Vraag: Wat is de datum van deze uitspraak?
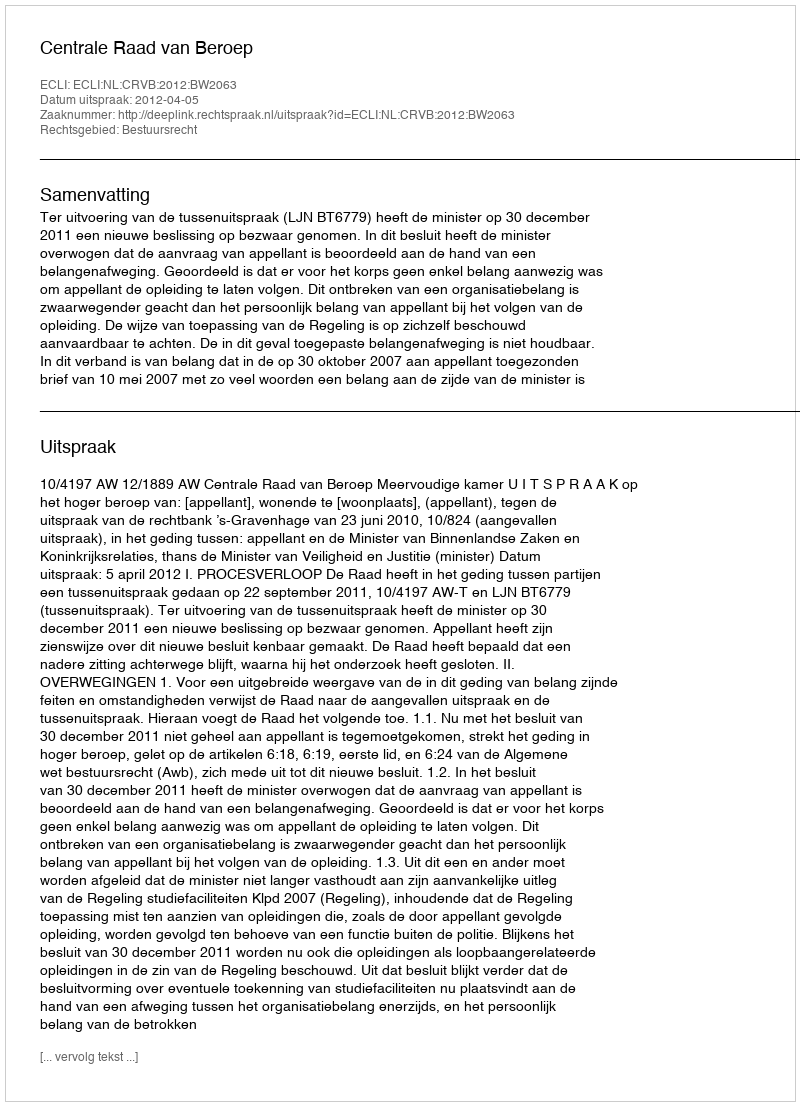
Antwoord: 2012-04-05